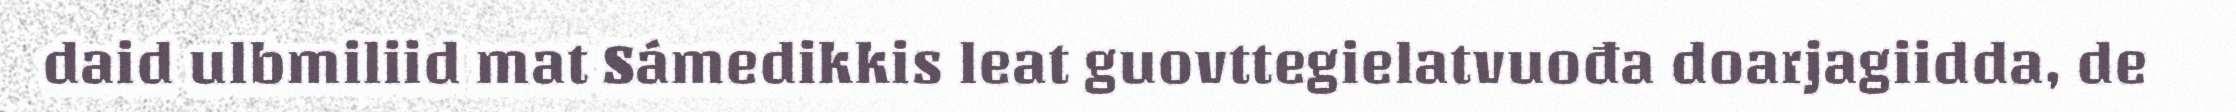
daid ulbmiliid mat Sámedikkis leat guovttegielatvuođa doarjagiidda, de